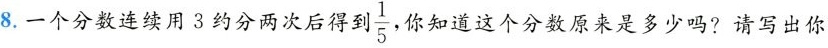
8.一个分数连续用3约分两次后得 \frac{1}{5}你知道这个分数原来是多少吗?请写出你